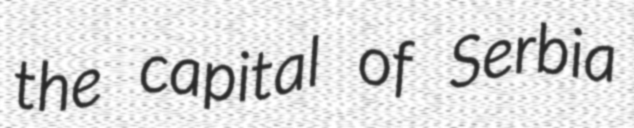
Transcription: the capital of Serbia